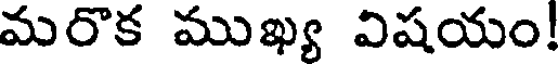
మరొక ముఖ్య విషయం!